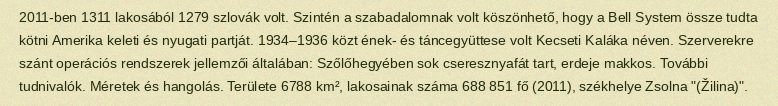
2011-ben 1311 lakosából 1279 szlovák volt. Szintén a szabadalomnak volt köszönhető, hogy a Bell System össze tudta kötni Amerika keleti és nyugati partját. 1934–1936 közt ének- és táncegyüttese volt Kecseti Kaláka néven. Szerverekre szánt operációs rendszerek jellemzői általában: Szőlőhegyében sok cseresznyafát tart, erdeje makkos. További tudnivalók. Méretek és hangolás. Területe 6788 km², lakosainak száma 688 851 fő (2011), székhelye Zsolna "(Žilina)".